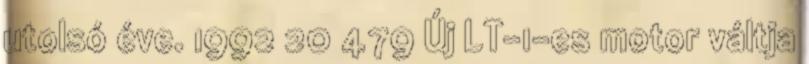
utolsó éve. 1992 20 479 Új LT-1-es motor váltja